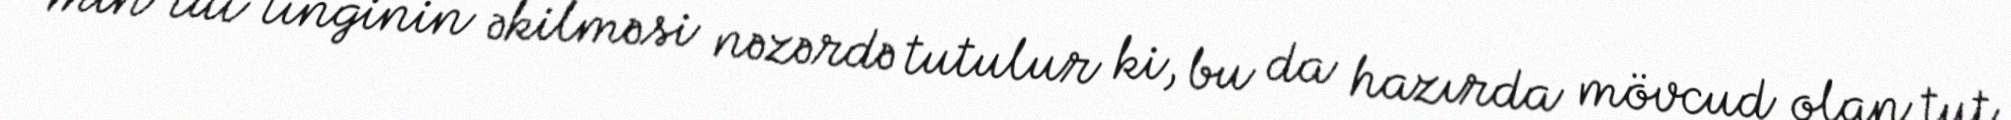
min tut tinginin əkilməsi nəzərdə tutulur ki, bu da hazırda mövcud olan tut